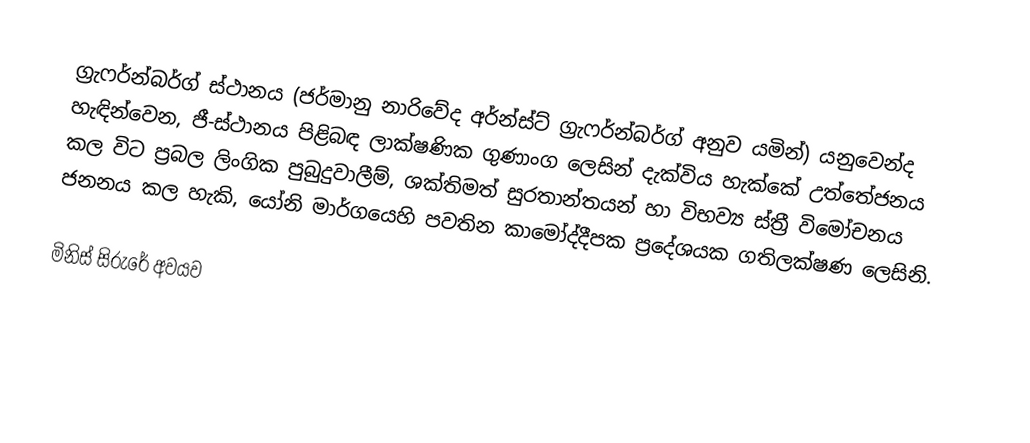
ග්‍රැෆර්න්බර්ග් ස්ථානය (ජර්මානු නාරිවේද අර්න්ස්ට් ග්‍රැෆර්න්බර්ග් අනුව යමින්) යනුවෙන්ද හැඳින්වෙන, ජී-ස්ථානය  පිළිබඳ ලාක්ෂණික ගුණාංග ලෙසින් දැක්විය හැක්කේ  උත්තේජනය කල විට ප්‍රබල ලිංගික පුබුදුවාලීම්, ශක්තිමත් සුරතාන්තයන් හා විභව්‍ය  ස්ත්‍රී විමෝචනය ජනනය කල හැකි, යෝනි මාර්ගයෙහි පවතින  කාමෝද්දීපක ප්‍රදේශයක ගතිලක්ෂණ ලෙසිනි.

මිනිස් සිරුරේ අවයව